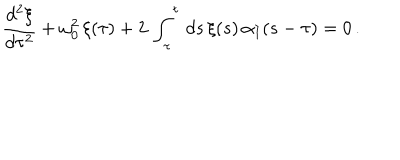
\frac { d ^ { 2 } \xi } { d \tau ^ { 2 } } + \omega _ { 0 } ^ { 2 } \, \xi ( \tau ) + 2 \, \int _ { \tau } ^ { t } \, d s \, \xi ( s ) \, \alpha _ { I } ( s - \tau ) = 0 \, .